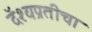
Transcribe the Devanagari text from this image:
दॅश्यप्रतीचा